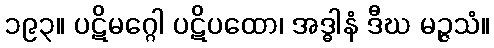
၁၉၃။ ပဋိမဂ္ဂေါ ပဋိပထော၊ အဒ္ဓါနံ ဒီဃ မဉ္ဇသံ။